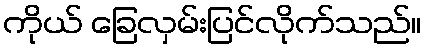
ကိုယ် ခြေလှမ်းပြင်လိုက်သည်။